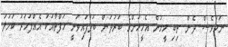
ނަމަވެސް ދެން ތިބި މީހުން އެމީހުންގެ ބަރުދަން ބަލާފައިވަނީ ހަފްތާއަކު އެއްފަހަރު ކަހަލަ